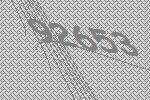
92653